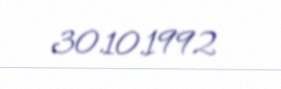
30.10.1992